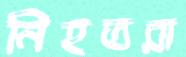
নিহতরা